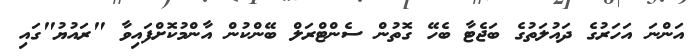
އަންނަ އަހަރުގެ ދައުލަތުގެ ބަޖެޓާ ބެހޭ ގޮތުން ސެންޓްރަލް ބޭންކުން އާންމުކޮށްފައިވާ "ރައުޔު"ގައި